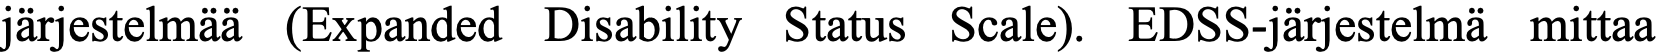
järjestelmää (Expanded Disability Status Scale). EDSS-järjestelmä mittaa